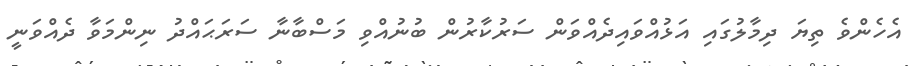
އެހެންވެ ތިޔަ ދިމާލުގައި އަޅުއްވައިދެއްވަން ސަރުކާރުން ބުނުއްވި މަސްބާނާ ސަރަޙައްދު ނިންމަވާ ދެއްވަނީ